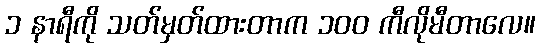
၁ နာရီကို သတ်မှတ်ထားတာက ၁၀၀ ကီလိုမီတာလေ။